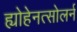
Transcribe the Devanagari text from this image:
ह्योहेनत्सोलर्न